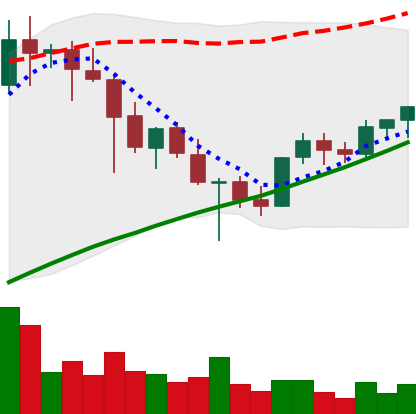
Ticker: XLM-USD
Chart end date: 2021-05-02
Forward return: 12.67%
Label: up_7plus